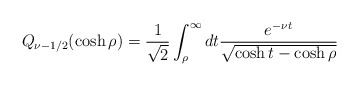
\begin{align*}Q_{\nu-1/2}(\cosh\rho)=\frac1{\sqrt{2}}\int^\infty_\rho dt\frac{e^{-\nu t}}{\sqrt{\cosh t-\cosh\rho}}\end{align*}